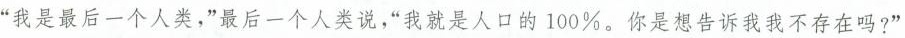
“我是最后一个人类，”最后一个人类说，“我就是人口的100%。你是想告诉我我不存在吗?”